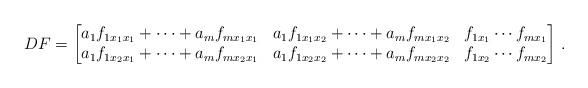
LaTeX: \begin{align*}DF=\begin{bmatrix}a_1 f_{1x_1 x_1}+\cdots +a_m f_{m x_1 x_1} & a_1 f_{1x_1 x_2}+\cdots +a_m f_{m x_1 x_2} & f_{1x_1} \cdots f_{mx_1} \\a_1 f_{1x_2 x_1}+\cdots +a_m f_{m x_2 x_1} & a_1 f_{1x_2 x_2}+\cdots +a_m f_{m x_2 x_2} & f_{1x_2} \cdots f_{mx_2}\end{bmatrix}\,.\end{align*}